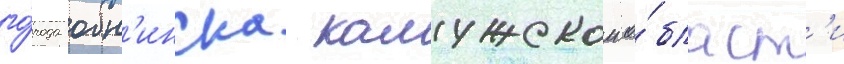
го́рода обн'инска калужскои о́бласт'и